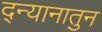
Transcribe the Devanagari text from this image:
द्न्यानातुन